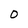
Character: 0